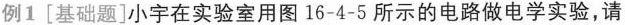
例1[基础题]小宇在实验室用图16-4-5所示的电路做电学实验，请